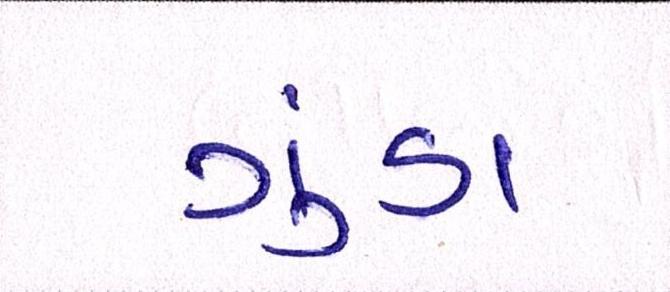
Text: ગુંડા